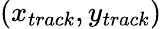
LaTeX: (x_{track},y_{track})